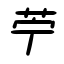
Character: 苧